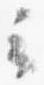
云